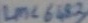
Text: LMC 6183